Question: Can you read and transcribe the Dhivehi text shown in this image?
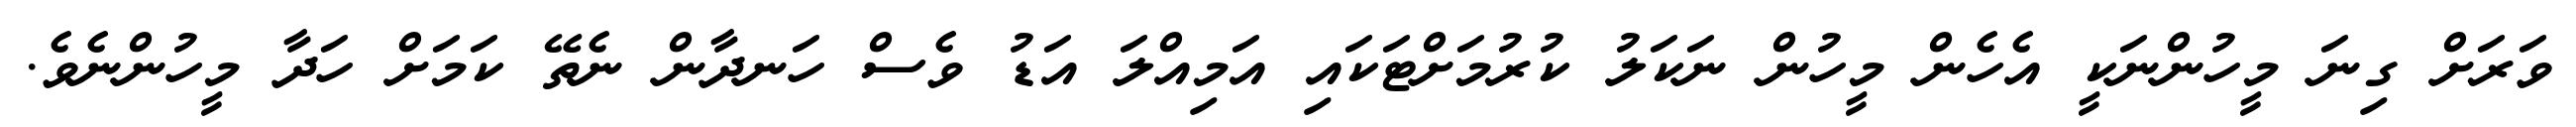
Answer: ވަރަށް ގިނަ މީހުންނަކީ އެހެން މީހުން ނަކަލު ކުރުމަށްޓަކައި އަމިއްލަ އަޑު ވެސް ހަނދާން ނެތޭ ކަމަށް ހަދާ މީހުންނެވެ.